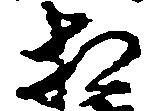
相